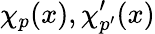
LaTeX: \chi_{p}(x),\chi_{p^{\prime}}^{\prime}(x)